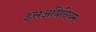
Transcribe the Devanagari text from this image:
इसअधिनियम